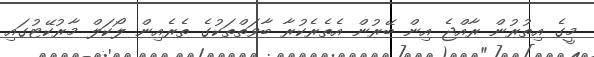
މީގެ އިތުރުން ރާއްޖެ އިން ބޭރުން އެތެރެކުރާ ބާވަތްތަކުގެ ތެރެއިން ލޯކަލް މާރުކޭޓުގައި